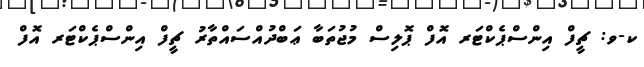
ކ-ވ: ޗީފް އިންސްޕެކްޓަރ އޮފް ޕޮލިސް މުޖުތަބާ ޢަބްދުއްސައްތާރު ޗީފް އިންސްޕެކްޓަރ އޮފް